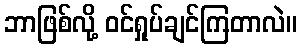
ဘာဖြစ်လို့ ဝင်ရှုပ်ချင်ကြတာလဲ။